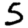
Digit: 5